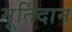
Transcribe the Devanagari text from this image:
मूर्तिदान